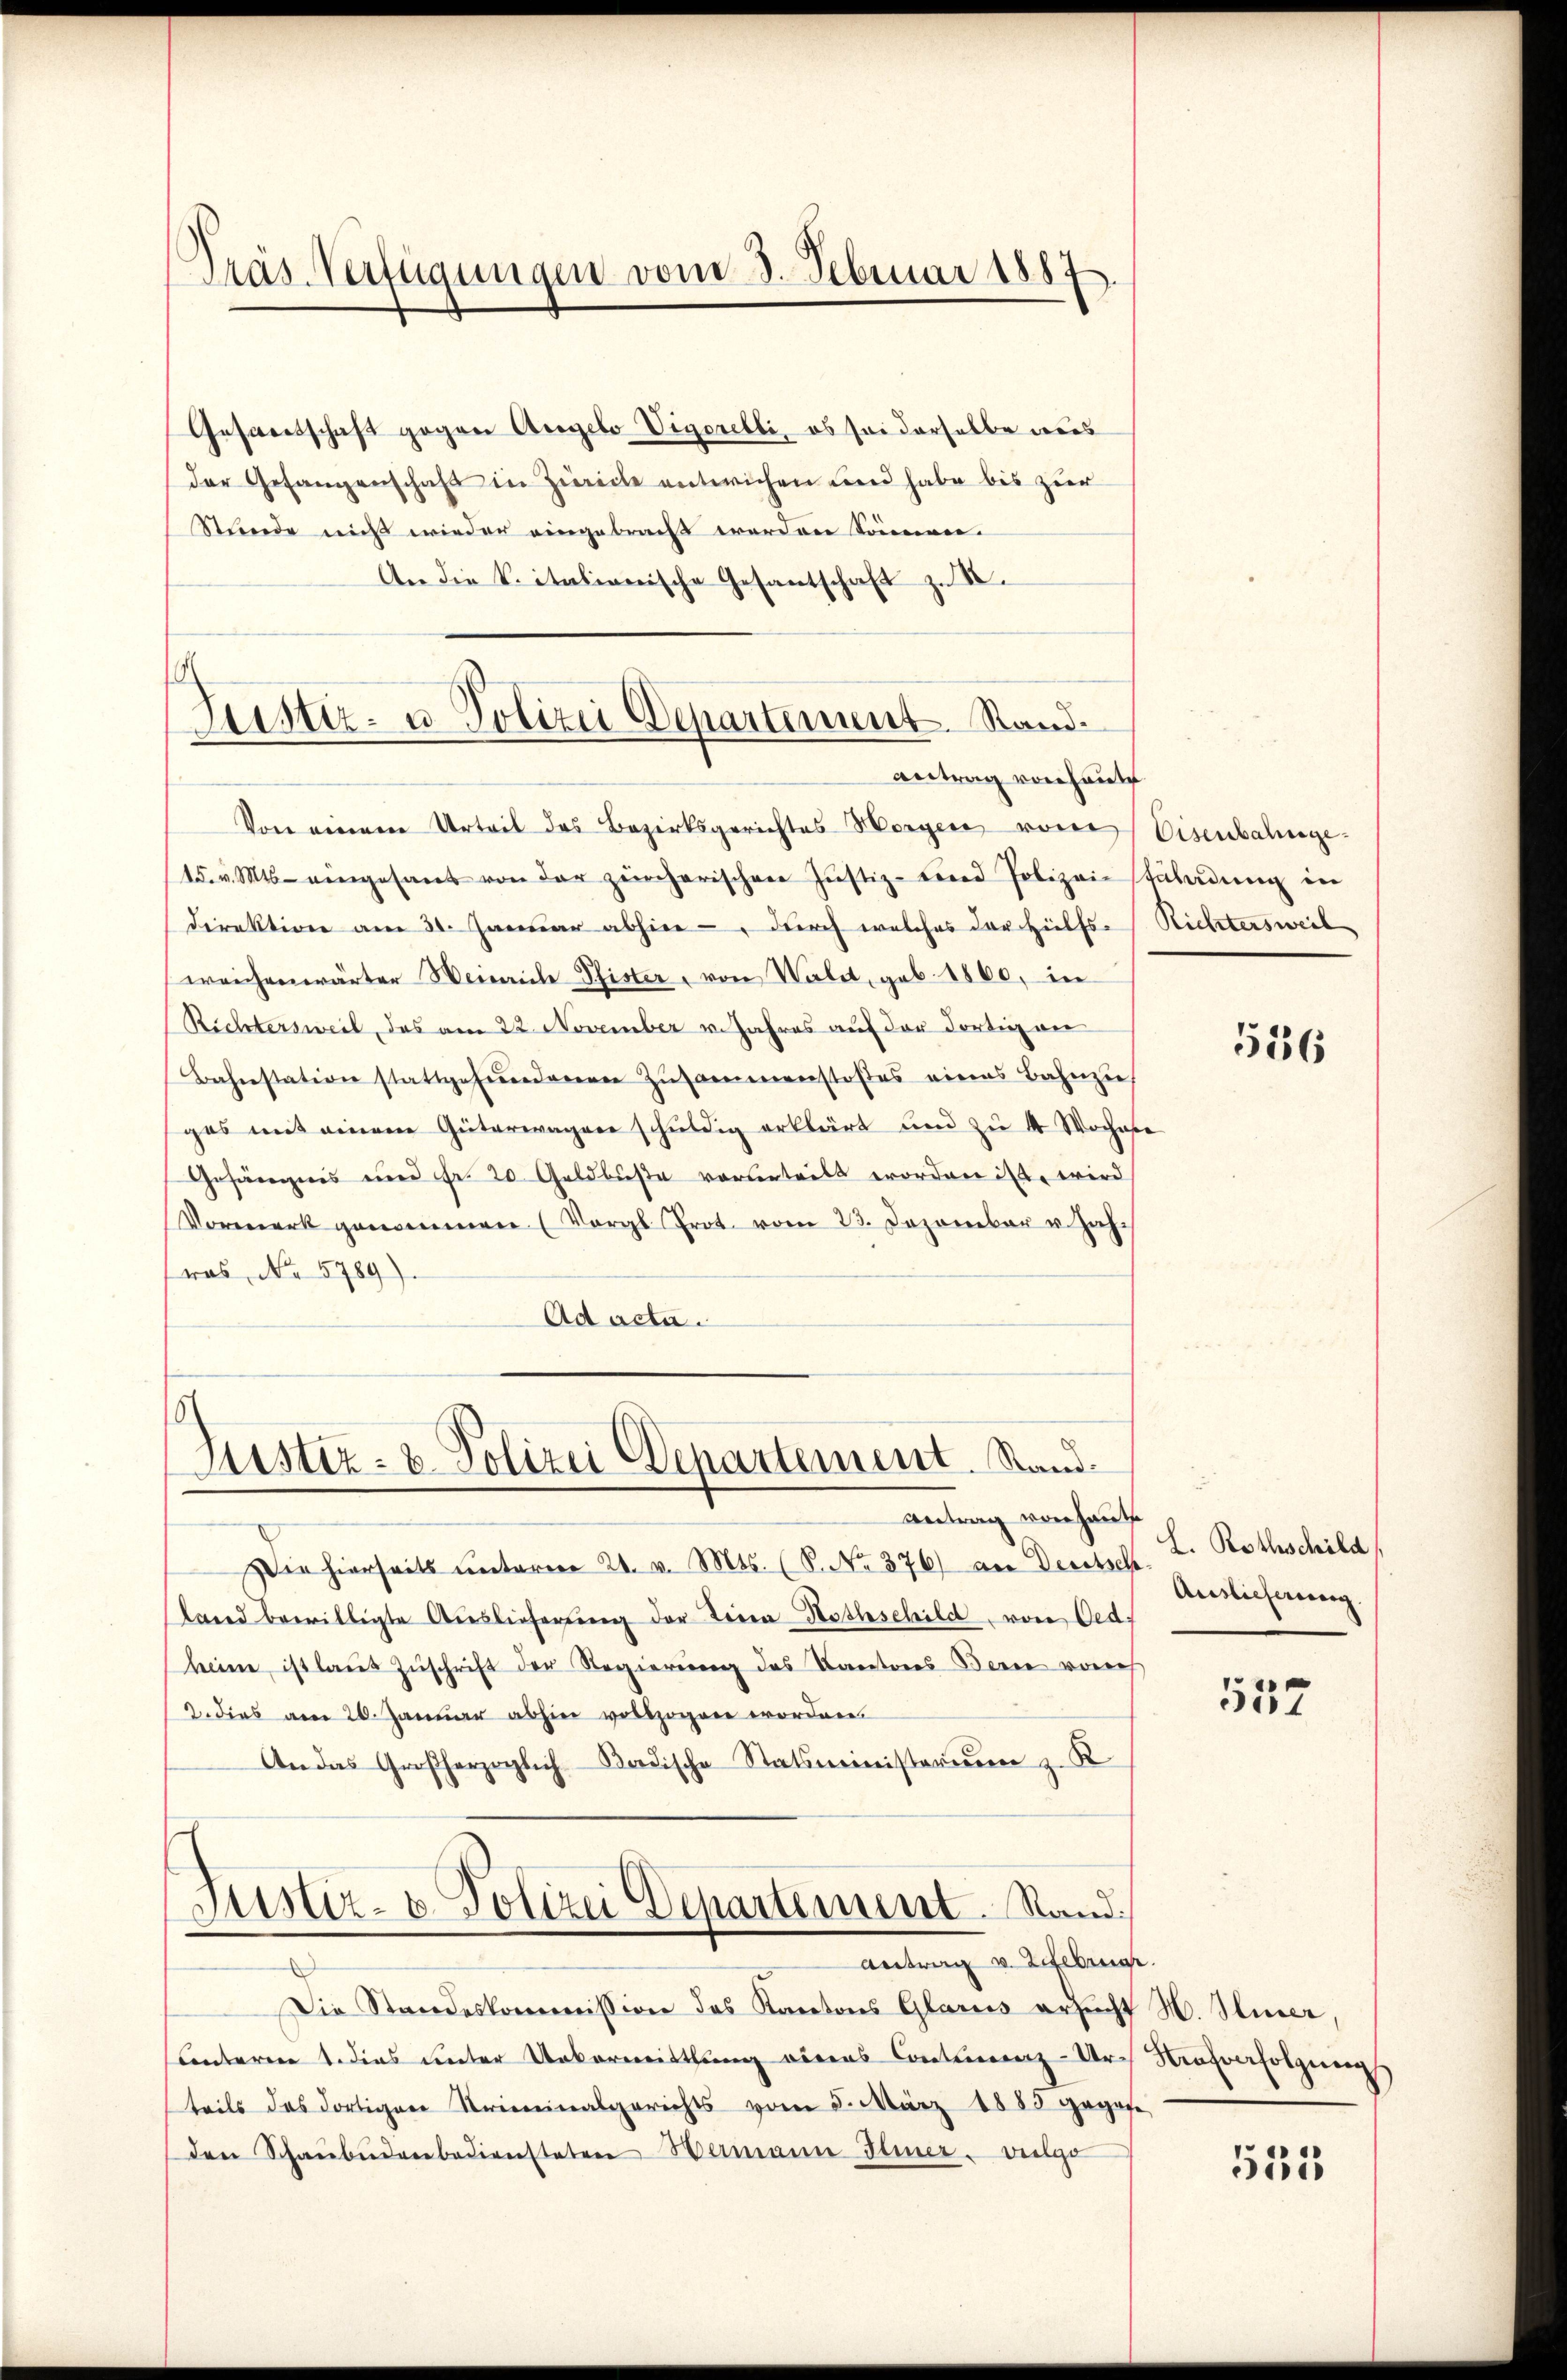
Präs. Verfügungen vom 3. Februar 1887

Gesandtschaft gegen Angelo Vigorelli, ob sei derselbe weis
der Gefangenschaft in Zieche entwichen und habe bis zur
Stunde mich wieder eingebracht werden können.
An die k. italienische Gesantschaft zu S.

Justiz- u Polizei Departement. Standantrag vorhaute

Von einem Urteil des Bezirksgerichtes Horger, von Eisenbahnge¬
15. v. Mts. eingesant von der zürcherischen Jŭstiz- und Polizeistaladŭng in
direktion am 30. Januar abhier - durch welches der Hülfsweichenwärter Weinreiche Pfister, von Walet, geb. 1860, in
Richtersweil, das am 22. November v. Jahres auf der dortig an
Bahnstation stattgefundenen Zusammenstoßes eines Bahnzuh
ges mit einem Güterwagen schuldig erklärt und zu 4 Wochase
Gefängnis und Fr. 20. Geldbuße vorgeteilt worden ist, wird
Vormerk genommen (Vergl. Prot. vom 23. Dezember u. Jahras No 5789).
Ad acta.

Justiz- & Polizei Departement. Stand.

Antrag v. Lefebruar.

Antrag vorhaut
Die hierseits ŭnterm 21. v. Mts. (S. No. 376) an Deutsch
land bewilligte Aŭslieferŭng der Terra-Rathschild, von Oed:
heine ist laŭt Zŭschrift der Regierung des Kantons Bern von
2. dies am 20. Januar abhin vollzogen worden.
An das Großherzoglich-Badische Statsministerien z. K
Justiz- u. Polizei Departement. Stand

Die Standeskommission des Kantons Glarus ersucht H. Stier,
Contoren 1. dies unter Untermittlung eines Contierenz-Ur- Strafverfolgereig
teils des dortigen Kriminalgerichts vom 5. März 1885 gegese
den Schaŭbŭdenbediensteten Hermann Heiner vielge

Richtersweil

536

L. Rothschild
Auslieferung

537

531